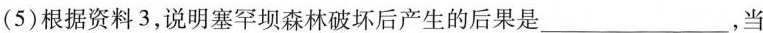
(5)根据资料3，说明塞罕坝森林破坏后产生的后果是___，当